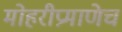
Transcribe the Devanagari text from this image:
मोहरीप्रमाणेच